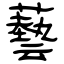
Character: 藝